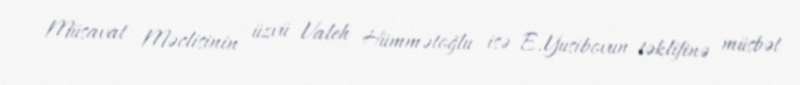
Müsavat Məclisinin üzvü Valeh Hümmətoğlu isə E.Yusibovun təklifinə müsbət